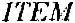
ITEM